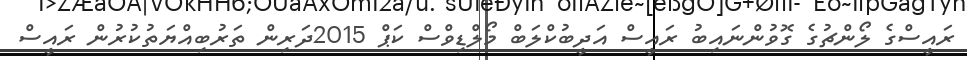
ރައީސްގެ ލޯންޗުގެ ގޮވުންނައިބު ރައީސް އަދީބުކްލަބް މޯލްޑިވްސް ކަޕް 2015ދަރިން ތަރުބިއްޔަތުކުރުން ރައީސް